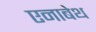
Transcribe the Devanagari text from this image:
एनाबेथ